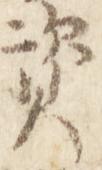
資